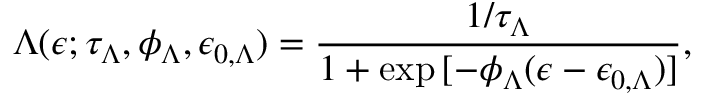
\Lambda ( \epsilon ; \tau _ { \Lambda } , \phi _ { \Lambda } , \epsilon _ { 0 , \Lambda } ) = \frac { 1 / \tau _ { \Lambda } } { 1 + \exp { [ - \phi _ { \Lambda } ( \epsilon - \epsilon _ { 0 , \Lambda } ) } ] } ,